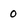
Character: 0